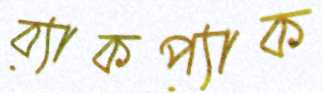
ব্যাকপ্যাক